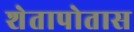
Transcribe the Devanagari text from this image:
शेतापोतास